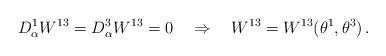
LaTeX: \begin{align*}D^1_\alpha W^{13} = D^3_\alpha W^{13}= 0\quad \Rightarrow \quad W^{13} =W^{13}(\theta^1,\theta^3)\,.\end{align*}